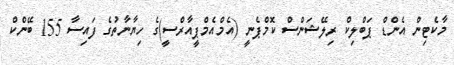
މާކެޓިން އެންޑް ޕަބްލިކް ރިލޭޝަންސް ކޮމްޕެނީ (އެމްއެމްޕީއާރްސީ)ގެ ހިޔާނާތުގެ ފައިސާ 155 ބޭންކް